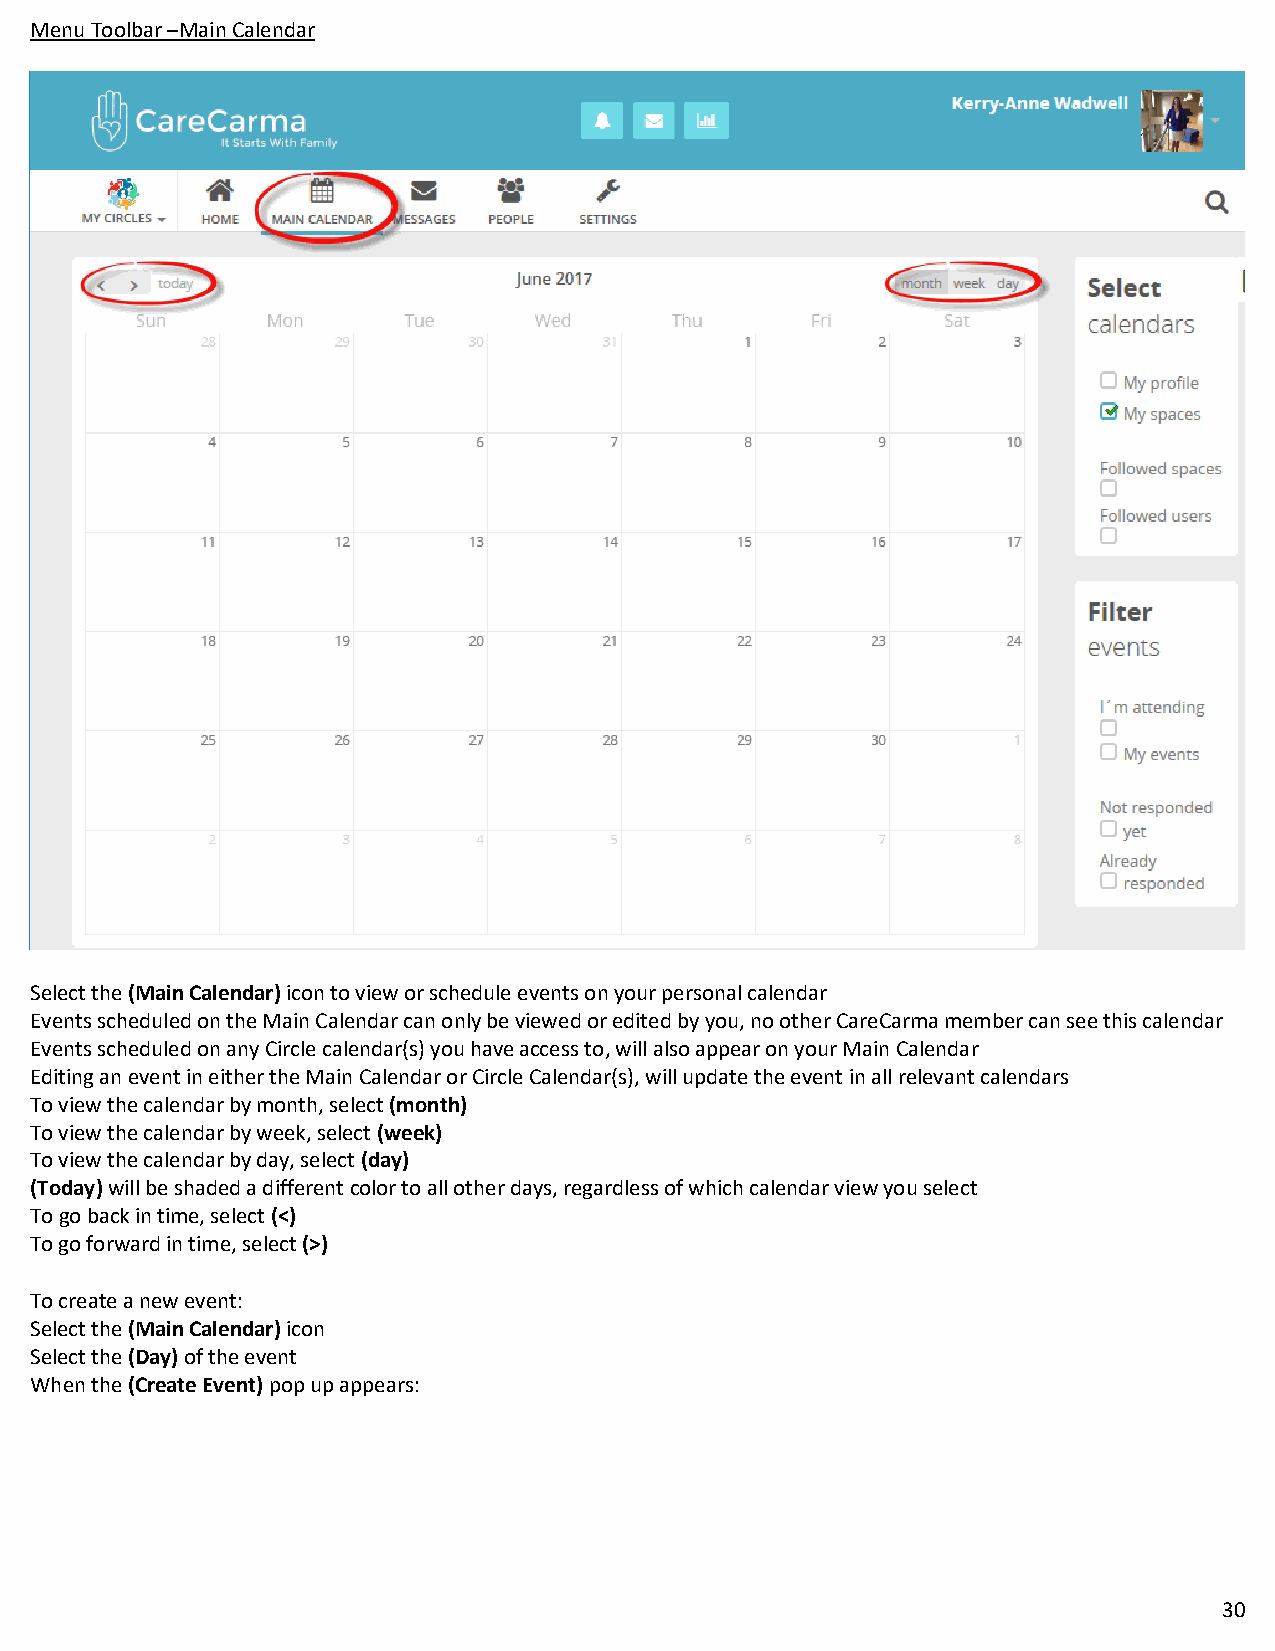
Menu Toolbar –Main Calendar
 Select the (Main Calendar) icon to view or schedule events on your personal calendar
 Events scheduled on the Main Calendar can only be viewed or edited by you, no other CareCarma member can see this calendar
 Events scheduled on any Circle calendar(s) you have access to, will also appear on your Main Calendar
 Editing an event in either the Main Calendar or Circle Calendar(s), will update the event in all relevant calendars
 To view the calendar by month, select (month)
 To view the calendar by week, select (week)
 To view the calendar by day, select (day)
 (Today) will be shaded a different color to all other days, regardless of which calendar view you select
 To go back in time, select (<)
 To go forward in time, select (>)
 To create a new event:
 Select the (Main Calendar) icon
 Select the (Day) of the event
 When the (Create Event) pop up appears:
 30